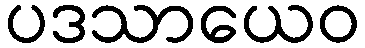
ပဒသာယေဝ